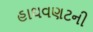
હાથવણટની